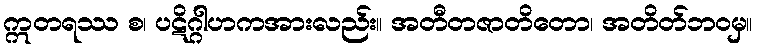
ဣတရဿ စ၊ ပဋိဂ္ဂါဟကအားလည်း။ အတီတဇာတိတော၊ အတိတ်ဘဝမှ။